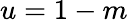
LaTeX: u=1-m